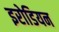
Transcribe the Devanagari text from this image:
इरोडियन